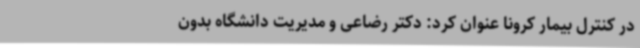
در کنترل بیمار کرونا عنوان کرد: دکتر رضاعی ‌و ‌مدیریت دانشگاه بدون